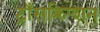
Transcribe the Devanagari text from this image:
ट्राँसक्रिप्शन